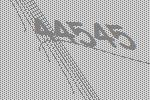
44545